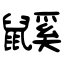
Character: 鼷